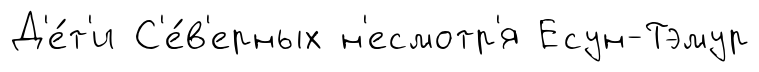
Д'е́т'и С'е́в'ерных н'есмотр'я Есун-Тэмур